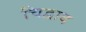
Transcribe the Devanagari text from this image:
चिद्वाद